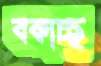
বকাচ্ছ